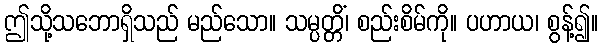
ဤသို့သဘောရှိသည် မည်သော။ သမ္ပတ္တိံ၊ စည်းစိမ်ကို။ ပဟာယ၊ စွန့်၍။